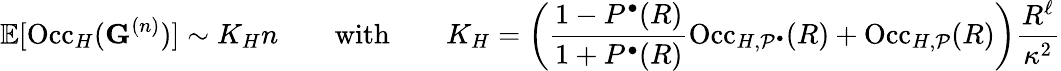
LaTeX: \mathbb{E}[\mathrm{Occ}_{H}(\mathbf{G}^{(n)})]\sim K_{H}n\qquad\mathrm{with}\qquad K_{H}=\left(\frac{1-P^{\bullet}(R)}{1+P^{\bullet}(R)}\mathrm{Occ}_{H,\mathcal{P}^{\bullet}}(R)+\mathrm{Occ}_{H,\mathcal{P}}(R)\right)\frac{R^{\ell}}{\kappa^{2}}